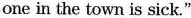
one in the town is sick."